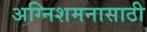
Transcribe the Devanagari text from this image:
अग्निशमनासाठी